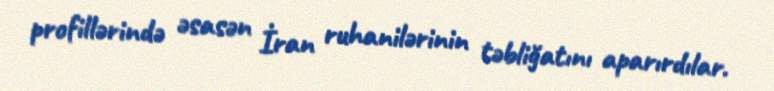
profillərində əsasən İran ruhanilərinin təbliğatını aparırdılar.